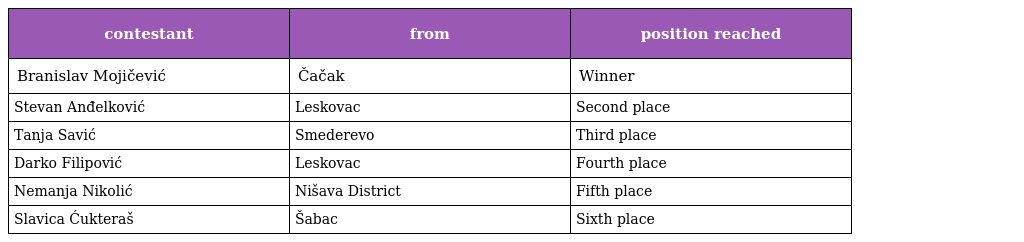
| contestant | from | position reached |
 | --- | --- | --- |
 | Branislav Mojičević | Čačak | Winner |
 | Stevan Anđelković | Leskovac | Second place |
 | Tanja Savić | Smederevo | Third place |
 | Darko Filipović | Leskovac | Fourth place |
 | Nemanja Nikolić | Nišava District | Fifth place |
 | Slavica Ćukteraš | Šabac | Sixth place |